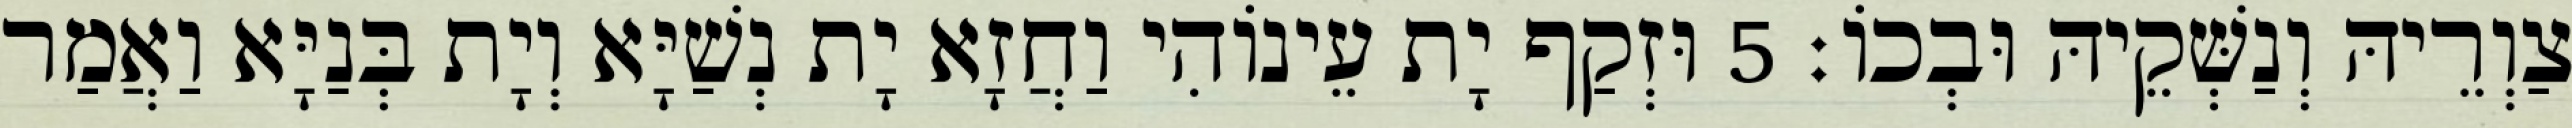
צַוְרֵיהּ וְנַשְּׁקֵיהּ וּבְכוֹ׃ 5 וּזְקַף יָת עֵינוֹהִי וַחֲזָא יָת נְשַׁיָּא וְיָת בְּנַיָּא וַאֲמַר